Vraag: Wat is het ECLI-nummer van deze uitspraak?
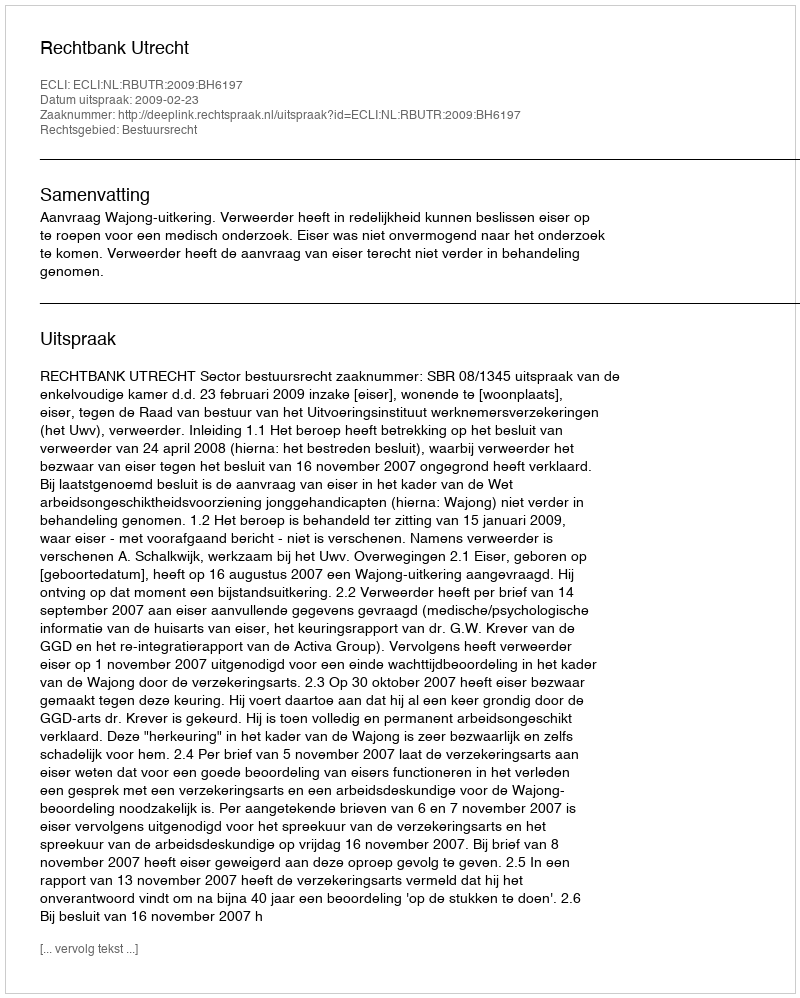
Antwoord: ECLI:NL:RBUTR:2009:BH6197